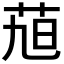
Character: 𮎴